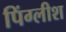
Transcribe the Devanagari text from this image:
पिंग्लीश